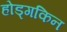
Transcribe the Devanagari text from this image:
होड्गकिन